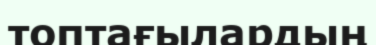
топтағылардың